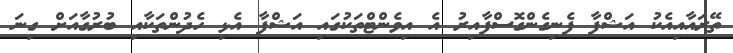
ތޭރައާއިއެކު އަޝްފާ ފެނިގެންގޮސްފާއިރު އެ އިވެންޓްތަކުގައި އަޝްފާ އެޅި ހެދުންތަކާއި ބުރުގާއަށް ގިނަ